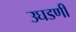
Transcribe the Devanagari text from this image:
उघडणी